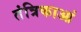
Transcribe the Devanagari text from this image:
तंत्रिकाआं